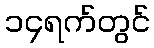
၁၄ရက်တွင်